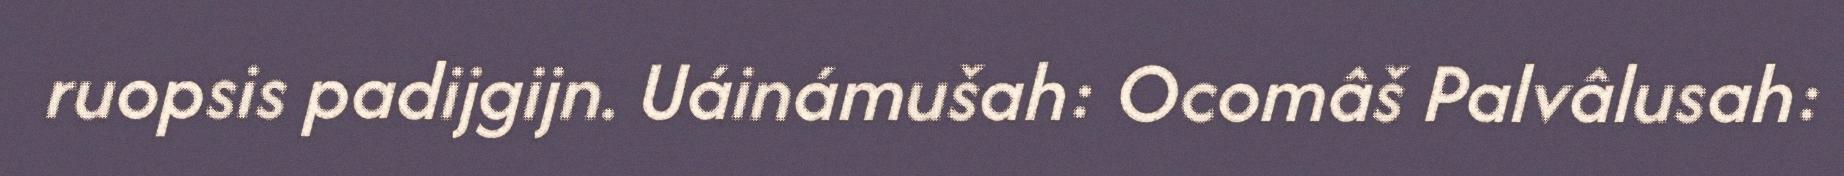
ruopsis padijgijn. Uáinámušah: Ocomâš Palvâlusah: